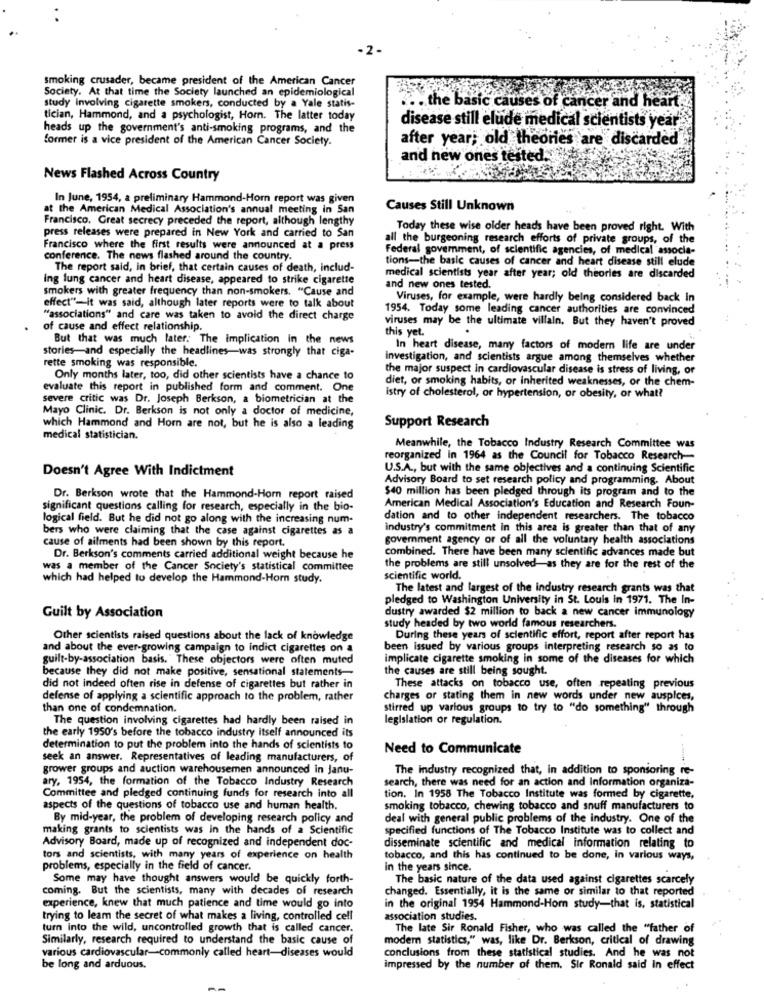
- 2-
smoking crusader, became president of the American Cancer
Society. At that time the Society launched an epidemiological
study involving cigarette smokers, conducted by a Yale statis-
.. . the basic causes of cancer and heart
tician, Hammond, and a psychologist, Horn. The latter today
disease still elude medical scientists year
heads up the government's anti-smoking programs, and the
former is a vice president of the American Cancer Society.
after year; old theories are discarded
and new ones tested.
News Flashed Across Country
In June, 1954, a preliminary Hammond-Horn report was given
at the American Medical Association's annual meeting in San
Causes Still Unknown
Francisco, Great secrecy preceded the report, although lengthy
press releases were prepared in New York and carried to San
Today these wise older heads have been proved right. With
all the burgeoning research efforts of private groups, of the
Francisco where the first results were announced at a press
Federal government, of scientific agencies, of medical associa-
conference. The news flashed around the country.
tions-the basic causes of cancer and heart disease still elude
The report said, in brief, that certain causes of death, includ-
ing lung cancer and heart disease, appeared to strike cigarette
medical scientists year after year; old theories are discarded
smokers with greater frequency than non-smokers. "Cause and
and new ones tested.
Viruses, for example, were hardly being considered back in
effect"-it was said, although later reports were to talk about
1954. Today some leading cancer authorities are convinced
"associations" and care was taken to avoid the direct charge
viruses may be the ultimate villain, But they haven't proved
of cause and effect relationship.
this yet.
.
But that was much later. The implication In the news
stories-and especially the headlines-was strongly that ciga-
In heart disease, many factors of modern life are under
investigation, and scientists argue among themselves whether
rette smoking was responsible.
the major suspect in cardiovascular disease is stress of living, or
Only months later, too, did other scientists have a chance to
diet, or smoking habits, or inherited weaknesses, or the chem-
evaluate this report in published form and comment. One
severe critic was Dr. Joseph Berkson, a biometrician at the
istry of cholesterol, or hypertension, or obesity, or what?
Mayo Clinic. Dr. Berkson is not only a doctor of medicine,
Support Research
which Hammond and Horn are not, but he is also a leading
medical statistician.
Meanwhile, the Tobacco Industry Research Committee was
reorganized in 1964 as the Council for Tobacco Research-
Doesn't Agree With Indictment
U.S.A ., but with the same objectives and a continuing Scientific
Advisory Board to set research policy and programming. About
$40 million has been pledged through its program and to the
Dr. Berkson wrote that the Hammond-Horn report raised
significant questions calling for research, especially in the bio-
American Medical Association's Education and Research Foun-
logical field. But he did not go along with the increasing num-
dation and to other independent researchers. The tobacco
bers who were claiming that the case against cigarettes as a
industry's commitment in this area is greater than that of any
cause of ailments had been shown by this report.
government agency or of all the voluntary health associations
combined. There have been many scientific advances made but
Dr. Berkson's comments carried additional weight because he
was a member of the Cancer Society's statistical committee
the problems are still unsolved-as they are for the rest of the
which had helped to develop the Hammond-Horn study.
scientific world.
The latest and largest of the industry research grants was that
pledged to Washington University in St. Louis in 1971. The In-
dustry awarded $2 million to back a new cancer immunology
Guilt by Association
study headed by two world famous researchers.
Other scientists raised questions about the lack of knowledge
During these years of scientific effort, report after report has
and about the ever-growing campaign to indict cigarettes on a
been issued by various groups interpreting research so as to
guilt-by-association basis. " These objectors were often muted
implicate cigarette smoking in some of the diseases for which
because they did not make positive, sensational statements-
the causes are still being sought.
did not indeed often rise in defense of cigarettes but rather in
These attacks on tobacco use, often repeating previous
defense of applying a scientific approach to the problem, rather
charges or stating them in new words under new auspices,
than one of condemnation.
stirred up various groups to try to "do something" through
The question involving cigarettes had hardly been raised in
legislation or regulation.
the early 1950's before the tobacco industry itself announced its
determination to put the problem into the hands of scientists to
Need to Communicate
seek an answer. Representatives of leading manufacturers, of
grower groups and auction warehousemen announced in Janu-
The Industry recognized that, in addition to sponsoring re-
ary, 1954, the formation of the Tobacco Industry Research
search, there was need for an action and Information organiza-
Committee and pledged continuing funds for research into all
tion. In 1958 The Tobacco Institute was formed by cigarette,
aspects of the questions of tobacco use and human health.
smoking tobacco, chewing tobacco and snuff manufacturers to
By mid-year, the problem of developing research policy and
deal with general public problems of the industry. One of the
making grants to scientists was in the hands of a Scientific
specified functions of The Tobacco Institute was to collect and
Advisory Board, made up of recognized and independent doc-
disseminate scientific and medical information relating to
tors and scientists, with many years of experience on health
tobacco, and this has continued to be done, in various ways,
problems, especially in the field of cancer.
in the years since.
Some may have thought answers would be quickly forth-
The basic nature of the data used against cigarettes scarcely
coming. But the scientists, many with decades of research
changed. Essentially, it is the same or similar to that reported
experience, knew that much patience and time would go into
in the original 1954 Hammond-Horn study-that is, statistical
trying to leam the secret of what makes a living, controlled cell
association studies.
turn into the wild, uncontrolled growth that is called cancer.
The late Sir Ronald Fisher, who was called the "father of
Similarly, research required to understand the basic cause of
modem statistics," was, like Dr. Berkson, critical of drawing
various cardiovascular-commonly called heart-diseases would
conclusions from these statistical studies. And he was not
be long and arduous.
impressed by the number of them. Sir Ronald said In effect